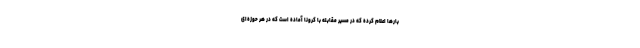
بارها اعلام کرده که در مسیر مقابله با کرونا آماده است که در هر حوزه‌ای